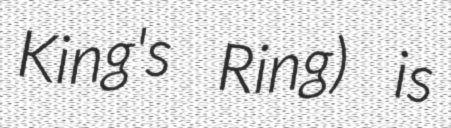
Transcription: King's Ring) is